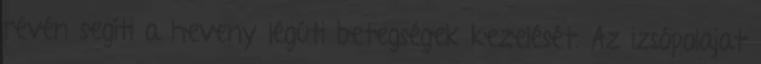
révén segíti a heveny légúti betegségek kezelését. Az izsópolajat